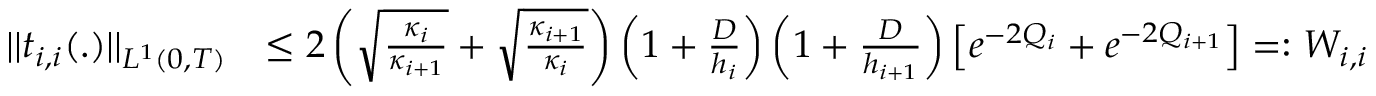
\begin{array} { r l } { | | t _ { i , i } ( . ) | | _ { L ^ { 1 } ( 0 , T ) } } & { \leq 2 \left( \sqrt { \frac { \kappa _ { i } } { \kappa _ { i + 1 } } } + \sqrt { \frac { \kappa _ { i + 1 } } { \kappa _ { i } } } \right) \left( 1 + \frac { D } { h _ { i } } \right) \left( 1 + \frac { D } { h _ { i + 1 } } \right) \left[ e ^ { - 2 Q _ { i } } + e ^ { - 2 Q _ { i + 1 } } \right] = : W _ { i , i } } \end{array}